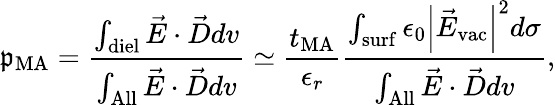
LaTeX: \mathfrak{p}_{\mathrm{{MA}}}=\frac{{\int_{\mathrm{{diel}}}\vec{{E}}\cdot\vec{{D}}dv}}{{\int_{\mathrm{{All}}}\vec{{E}}\cdot\vec{{D}}dv}}\simeq\frac{{t_{\mathrm{{MA}}}}}{{\epsilon_{r}}}\frac{{\int_{\mathrm{{surf}}}\epsilon_{0}\left|\vec{{E}}_{\mathrm{{vac}}}\right|^{2}d\sigma}}{{\int_{\mathrm{{All}}}\vec{{E}}\cdot\vec{{D}}dv}},